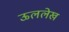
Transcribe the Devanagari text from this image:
ऊललेख